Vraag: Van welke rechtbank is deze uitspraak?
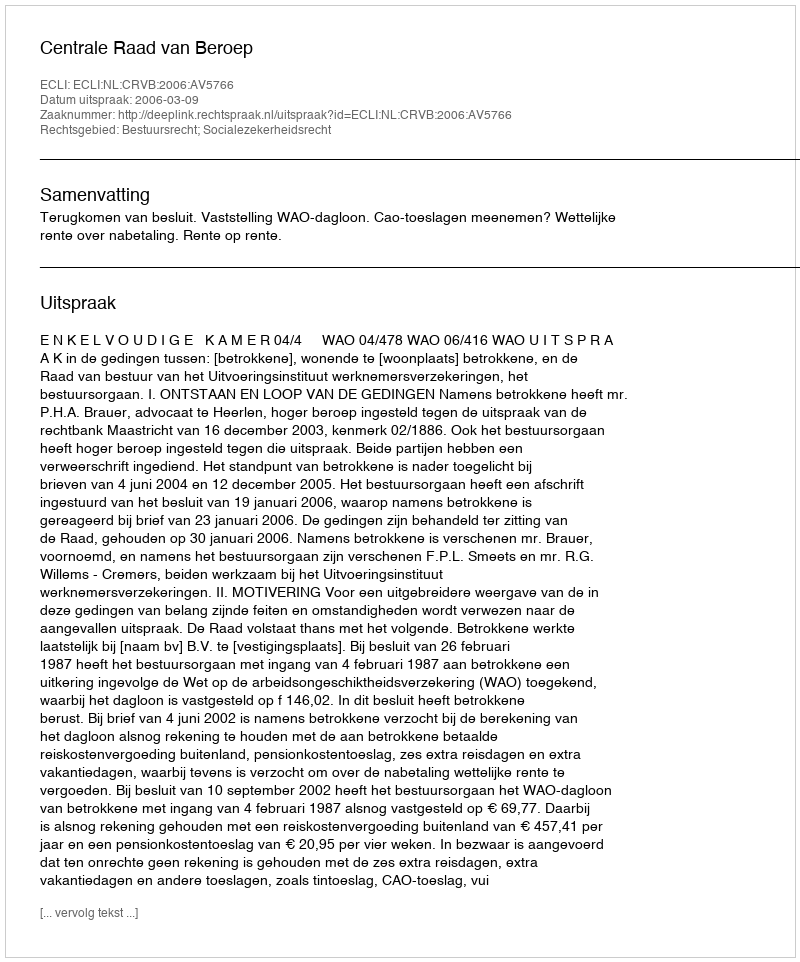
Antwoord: Centrale Raad van Beroep